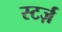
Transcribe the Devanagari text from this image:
स्टर्ज़